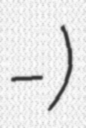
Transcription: Плёсо-Курья)